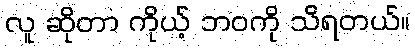
လူ ဆိုတာ ကိုယ့် ဘဝကို သိရတယ်။